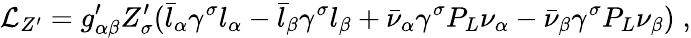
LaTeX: \mathcal{L}_{Z^{\prime}}=g_{\alpha\beta}^{\prime}Z_{\sigma}^{\prime}(\bar{l}_{\alpha}\gamma^{\sigma}l_{\alpha}-\bar{l}_{\beta}\gamma^{\sigma}l_{\beta}+\bar{\nu}_{\alpha}\gamma^{\sigma}P_{L}\nu_{\alpha}-\bar{\nu}_{\beta}\gamma^{\sigma}P_{L}\nu_{\beta})\; ,